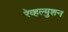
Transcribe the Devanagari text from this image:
रेव्हल्युशन